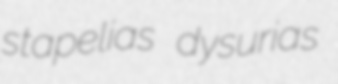
stapelias dysurias